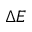
\Delta E